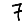
Digit: 7